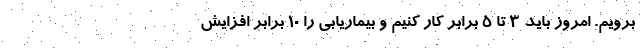
برویم. امروز باید ۳ تا ۵ برابر کار کنیم و بیماریابی را ۱۰ برابر افزایش